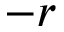
- r